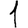
Digit: 1